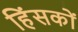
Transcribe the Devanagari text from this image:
हिंसकों